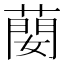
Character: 蔅